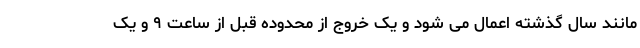
مانند سال گذشته اعمال می شود و یک خروج از محدوده قبل از ساعت ۹ و یک